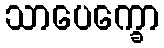
သာပေက္ခော